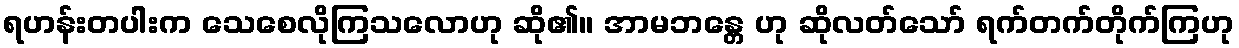
ရဟန်းတပါးက သေစေလိုကြသလောဟု ဆို၏။ အာမဘန္တေ ဟု ဆိုလတ်သော် ရက်တက်တိုက်ကြဟု